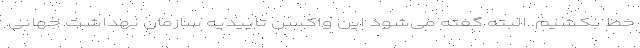
خط بکشیم. البته گفته می‌شود این واکسن تاییدیه سازمان بهداشت جهانی